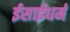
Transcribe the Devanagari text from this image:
ईसाईधर्मं